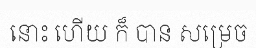
នោះ ហើយ ក៏ បាន សម្រេច